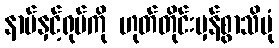
နာမ်နှင့်ရုပ်ကို ဟုတ်တိုင်းမှန်စွာသိပုံ